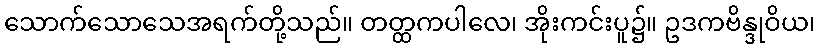
သောက်သောသေအရက်တို့သည်။ တတ္ထကပါလေ၊ အိုးကင်းပူ၌။ ဥဒကဗိန္ဒုဝိယ၊